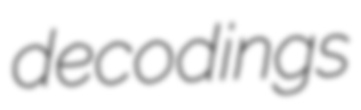
decodings